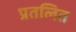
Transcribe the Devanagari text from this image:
प्रतलित